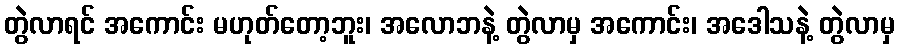
တွဲလာရင် အကောင်း မဟုတ်တော့ဘူး၊ အလောဘနဲ့ တွဲလာမှ အကောင်း၊ အဒေါသနဲ့ တွဲလာမှ